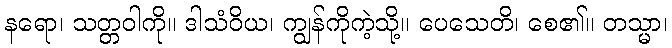
နရော၊ သတ္တဝါကို။ ဒါသံဝိယ၊ ကျွန်ကိုကဲ့သို့။ ပေသေတိ၊ စေ၏။ တသ္မာ၊